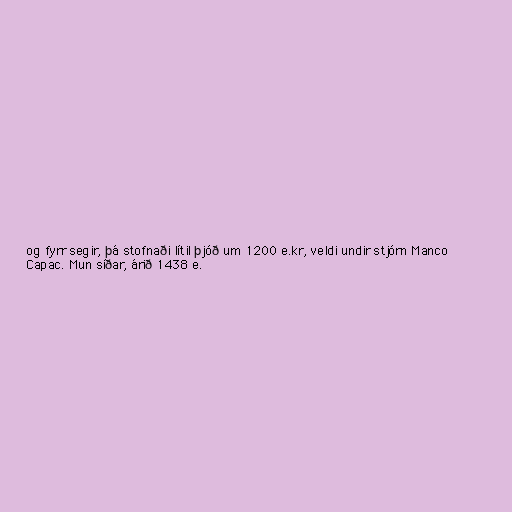
og fyrr segir, þá stofnaði lítil þjóð um 1200 e.kr, veldi undir stjórn Manco
Capac. Mun síðar, árið 1438 e.